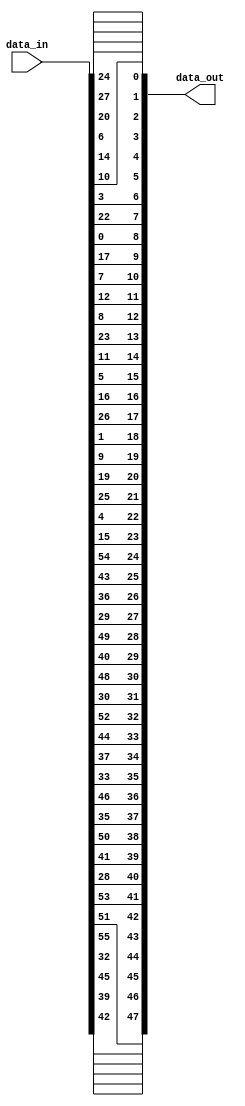
module PC2
(
  input      [0:55] data_in,
  output     [0:47] data_out
);

assign data_out[0]  = data_in[13];
assign data_out[1]  = data_in[16];
assign data_out[2]  = data_in[10];
assign data_out[3]  = data_in[23];
assign data_out[4]  = data_in[0];
assign data_out[5]  = data_in[4];
assign data_out[6]  = data_in[2];
assign data_out[7]  = data_in[27];
assign data_out[8]  = data_in[14];
assign data_out[9]  = data_in[5];
assign data_out[10] = data_in[20];
assign data_out[11] = data_in[9];
assign data_out[12] = data_in[22];
assign data_out[13] = data_in[18];
assign data_out[14] = data_in[11];
assign data_out[15] = data_in[3];
assign data_out[16] = data_in[25];
assign data_out[17] = data_in[7];
assign data_out[18] = data_in[15];
assign data_out[19] = data_in[6];
assign data_out[20] = data_in[26];
assign data_out[21] = data_in[19];
assign data_out[22] = data_in[12];
assign data_out[23] = data_in[1];
assign data_out[24] = data_in[40];
assign data_out[25] = data_in[51];
assign data_out[26] = data_in[30];
assign data_out[27] = data_in[36];
assign data_out[28] = data_in[46];
assign data_out[29] = data_in[54];
assign data_out[30] = data_in[29];
assign data_out[31] = data_in[39];
assign data_out[32] = data_in[50];
assign data_out[33] = data_in[44];
assign data_out[34] = data_in[32];
assign data_out[35] = data_in[47];
assign data_out[36] = data_in[43];
assign data_out[37] = data_in[48];
assign data_out[38] = data_in[38];
assign data_out[39] = data_in[55];
assign data_out[40] = data_in[33];
assign data_out[41] = data_in[52];
assign data_out[42] = data_in[45];
assign data_out[43] = data_in[41];
assign data_out[44] = data_in[49];
assign data_out[45] = data_in[35];
assign data_out[46] = data_in[28];
assign data_out[47] = data_in[31];



endmodule